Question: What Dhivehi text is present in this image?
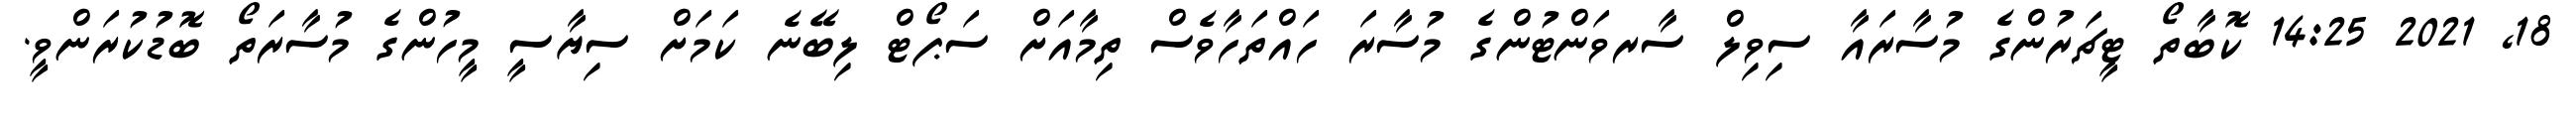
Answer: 18, 2021 14:25 ކޮބާތޯ ޓީޗަރުންގެ މުސާރައާ ސިވިލް ސާރވަންޓުންގެ މުސާރަ ހައްތަހާވެސް ތިމާއަށް ސަޕޯޓް ލިބޭނެ ކަމަށް ސިޔާސީ މީހުންގެ މުސާރަތޯ ބޮޑުކުރަންވީ.